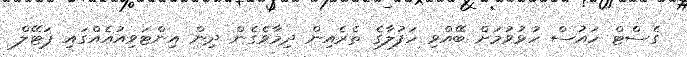
ގެސްޓް ހައުސް ހުޅުވުމަށް ބޭއްވި ހަފުލާގެ ތެރެއިން ދިމާވެގެން ދިން އިންޓަވިއުއެއްގައި ޕަޓޭލް